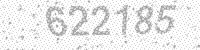
Solution: 622185